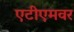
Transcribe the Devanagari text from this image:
एटीएमवर